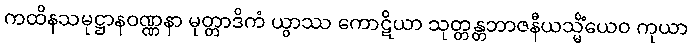
ကထိနသမုဋ္ဌာနဝဏ္ဏနာ မုတ္တာဒိကံ ယွာဿ ကောဋိယာ သုတ္တန္တဘာဇနီယသ္မိံယေဝ ကုယာ